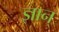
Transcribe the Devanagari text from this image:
ज्ञान्